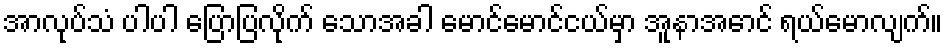
အာလုပ်သံ ပါပါ ပြောပြလိုက် သောအခါ မောင်မောင်ငယ်မှာ အူနာအောင် ရယ်မောလျက်။